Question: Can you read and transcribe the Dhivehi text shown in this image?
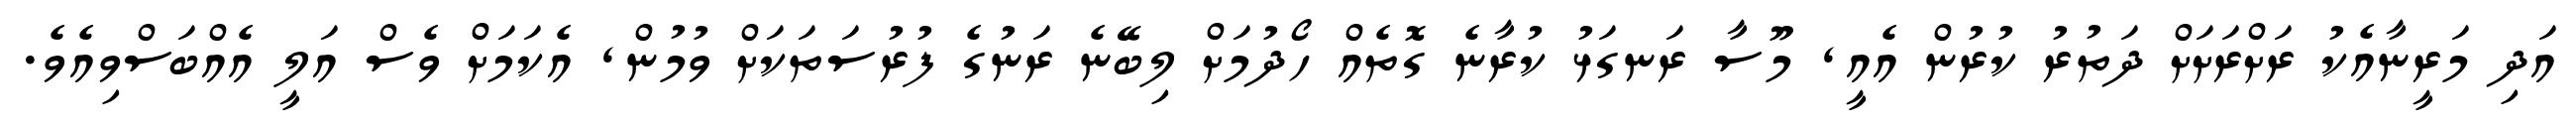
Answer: އަދި މަރީނާއެކު ރަށްރަށަށް ދަތުރު ކުރުން އެއީ, މޫސާ ރަނގަޅު ކުރާނެ ގޮތެއް ހޯދުމަށް ލިބޭނެ ރަނުގެ ފުރުސަތަކަށް ވުމުން, އެކަމަށް ވެސް އަލީ އެއްބަސްވިއެވެ.